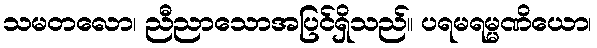
သမတလော၊ ညီညာသောအပြင်ရှိသည်။ ပရမရမ္မဏိယော၊